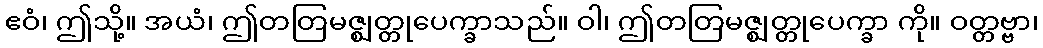
ဧဝံ၊ ဤသို့။ အယံ၊ ဤတတြမဇ္ဈတ္တုပေက္ခာသည်။ ဝါ၊ ဤတတြမဇ္ဈတ္တုပေက္ခာ ကို။ ဝတ္တဗ္ဗာ၊